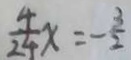
\frac { 4 } { 2 4 } x = - \frac { 3 } { 2 }